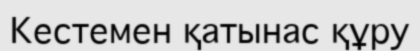
Кестемен қатынас құру